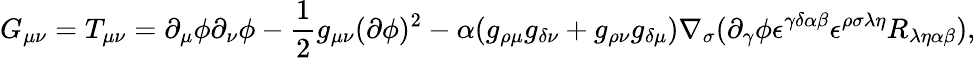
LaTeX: G_{\mu\nu}=T_{\mu\nu}=\partial_{\mu}\phi\partial_{\nu}\phi-\frac{1}{2}g_{\mu\nu}(\partial\phi)^{2}-\alpha(g_{\rho\mu}g_{\delta\nu}+g_{\rho\nu}g_{\delta\mu})\nabla_{\sigma}(\partial_{\gamma}\phi\epsilon^{\gamma\delta\alpha\beta}\epsilon^{\rho\sigma\lambda\eta}R_{\lambda\eta\alpha\beta}),